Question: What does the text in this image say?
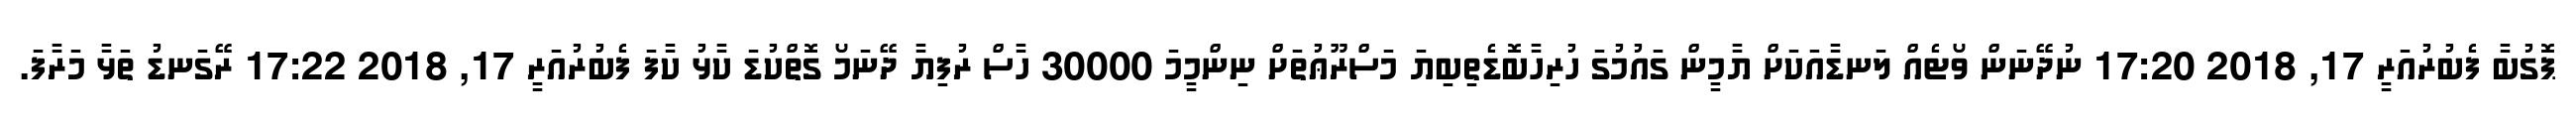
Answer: ޕޮގުބާ ފެބުރުއަރީ 17, 2018 17:20 ނުދޭނަން ވޯޓެއް ލަނޑާއަކަށް ޔާމީން ގައުމުގަ ހުރިހާބޮޑެތިބިޔަ މަސްރޫޢުތަށް ނިންމީމަ 30000 ހާސް ރުފިޔާ ދޭނަމޯ ގޮތްކުޑަ ކާޅު ކާފަ ފެބުރުއަރީ 17, 2018 17:22 ރޭގަނޑު ތަޅާ މަރާފަ.